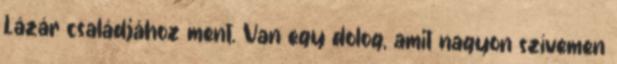
Lázár családjához ment. Van egy dolog, amit nagyon szívemen